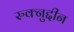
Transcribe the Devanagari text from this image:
रुक्नुद्दीन